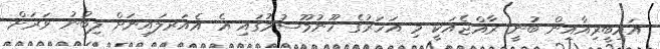
އައިބީރިއާއިން ބުނީ ރާއްޖެއަކީ މި އަހަރުގެ ހޫނުމޫސުމުގައި އެ އެއަރލައިނަށް ލިބުނު ވަރަށް